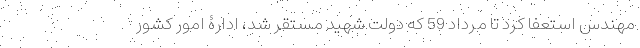
مهندس استعفا کرد تا مرداد 59 که دولت شهید مستقر شد، ادارۀ امور کشور